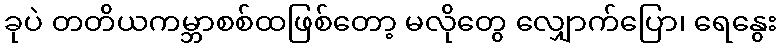
ခုပဲ တတိယကမ္ဘာစစ်ထဖြစ်တော့ မလိုတွေ လျှောက်ပြော၊ ရေနွေး